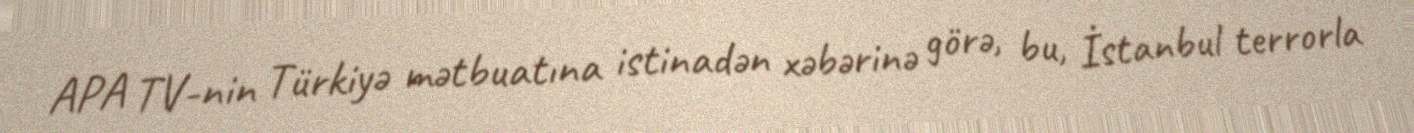
APA TV-nin Türkiyə mətbuatına istinadən xəbərinə görə, bu, İstanbul terrorla